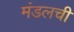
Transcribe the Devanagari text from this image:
मंडलची